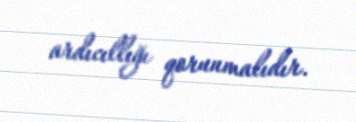
ardıcıllığı qorunmalıdır.